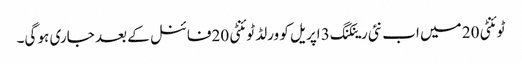
ٹوئنٹی 20 میں اب نئی رینکنگ 3 اپریل کو ورلڈ ٹوئنٹی 20فائنل کے بعد جاری ہو گی۔